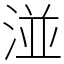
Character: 湴